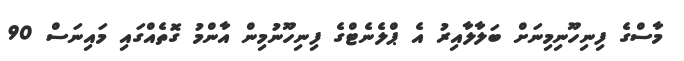
މާސްގެ ފިނިހޫނިމިނަށް ބަލާލާއިރު އެ ޕްލެނެޓްގެ ފިނިހޫނުމިން އާންމު ގޮތެއްގައި މައިނަސް 90